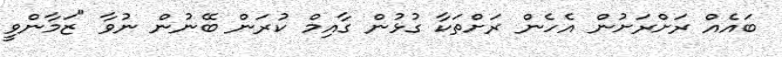
ބައެއް ރަށްރަށުން އެހެން ރަށްތަކާ ގުޅުން ގާއިމް ކުރަން ބޭނުން ނުވާ "ޒަމާންވީ